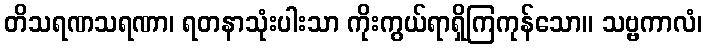
တိသရဏသရဏာ၊ ရတနာသုံးပါးသာ ကိုးကွယ်ရာရှိကြကုန်သော။ သဗ္ဗကာလံ၊